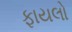
ફાયલો